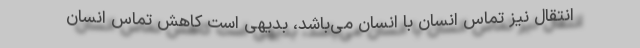
انتقال نیز تماس انسان با انسان می‌باشد، بدیهی است کاهش تماس انسان